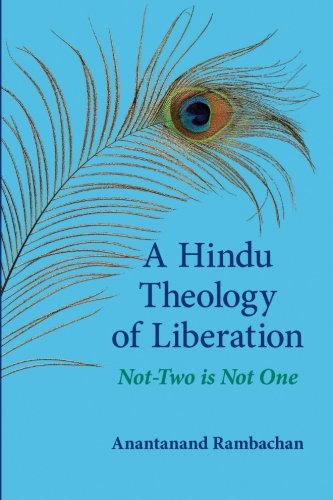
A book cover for A Hindu Theology of Liberation: Not-Two Is Not One (SUNY Series in Religious Studies ); Anantanand Rambachan; Religion & Spirituality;